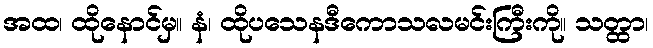
အထ၊ ထိုနောင်မှ။ နံ၊ ထိုပသေနဒီကောသလမင်းကြီးကို။ သတ္ထာ၊